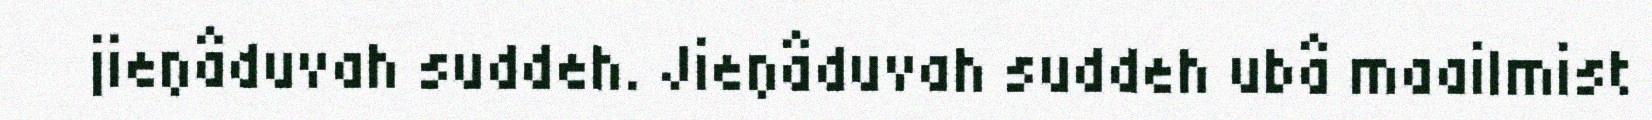
jieŋâduvah suddeh. Jieŋâduvah suddeh ubâ maailmist